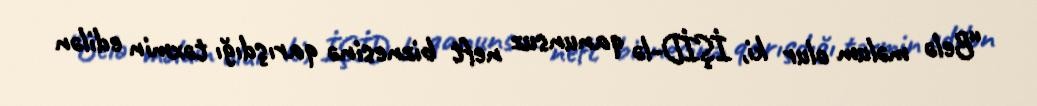
“Belə məlum olur ki, İŞİD-lə qanunsuz neft biznesinə qarışdığı təxmin edilən